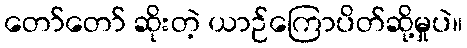
တော်တော် ဆိုးတဲ့ ယာဉ်ကြောပိတ်ဆို့မှုပဲ။